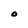
Character: o